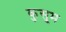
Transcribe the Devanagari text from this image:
कुसूम